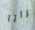
مرارا